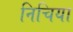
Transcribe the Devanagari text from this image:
निचिया